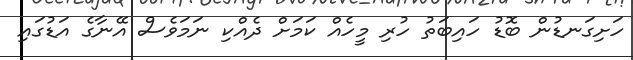
ހަށިގަނޑުން ބޮޑު ހައިބަތު ހުރި މީހެއް ކަމަށް ދެއްކި ނަމަވެސް އޭނާގެ އަޑުގައި